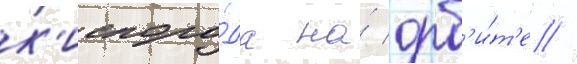
к'ислоро́да на́ орб'и́т'е //